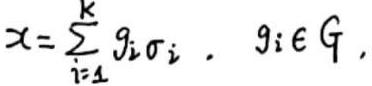
$x = \sum_{i = 1}^{k} g_{i} \sigma_{i} . \ g_{i} \in G,$